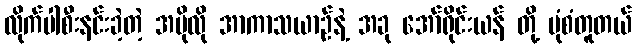
လိုက်ပါစီးနင်းခဲ့တဲ့ အပိုလို အာကာသယာဉ်နဲ့ အခု အော်ရိုင်းယန် တို့ ပုံစံတူတယ်